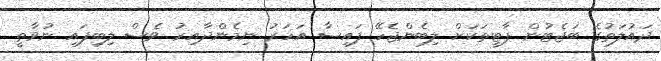
ދައުލަތުގެ ބަޖެޓުން ޕާޓީތަކަށް ލިބެންޖެހޭ ފައިސާ އަހަރު ނިމެންދާއިރު ވެސް ލިބިފައި ނުވާތީ